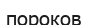
пороков